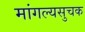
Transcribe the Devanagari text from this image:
मांगल्यसुचक